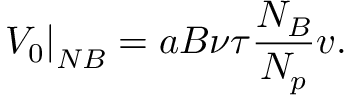
\left. V _ { 0 } \right| _ { N B } = a B \nu \tau \frac { N _ { B } } { N _ { p } } v .